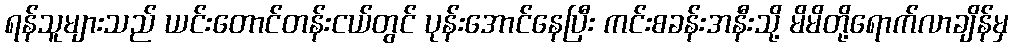
ရန်သူများသည် ယင်းတောင်တန်းငယ်တွင် ပုန်းအောင်နေပြီး ကင်းစခန်းအနီးသို့ မိမိတို့ရောက်လာချိန်မှ